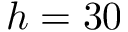
h = 3 0